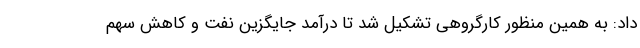
داد: به همین منظور کارگروهی تشکیل شد تا درآمد جایگزین نفت و کاهش سهم